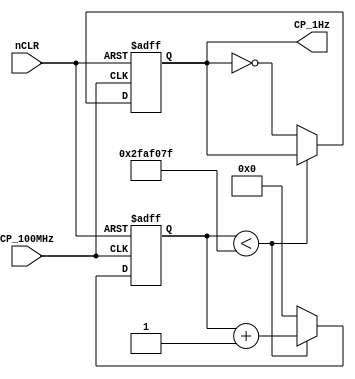
`timescale 1ns / 1ps
//////////////////////////////////////////////////////////////////////////////////
// Company: 
// Engineer: 
// 
// Design Name: 
// Module Name:    Divider100MHz 
// Project Name: 
// Target Devices: 
// Tool versions: 
// Description: 
//
// Dependencies: 
//
// Revision: 
// Revision 0.01 - File Created
// Additional Comments: 
//
//////////////////////////////////////////////////////////////////////////////////
// 
module Divider100MHz(CP_100MHz, nCLR, CP_1Hz);
	parameter N = 26;
	parameter CLK_Freq = 100000000;
	parameter OUT_Freq = 1;
	input nCLR, CP_100MHz;
	output reg CP_1Hz;
	reg [N - 1:0] Count_DIV;
	always @(posedge CP_100MHz or negedge nCLR) begin
		if (! nCLR) begin // 
			CP_1Hz <= 0;
			Count_DIV <= 0;
		end
		else begin
			if (Count_DIV < CLK_Freq / (2 * OUT_Freq) - 1) begin
				Count_DIV <= Count_DIV + 1'b1;
			end
			else begin // CP_1Hz
				Count_DIV <= 0;
				CP_1Hz <= ~ CP_1Hz;
			end
		end
	end
endmodule